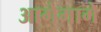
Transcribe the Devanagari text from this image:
आगेमागे